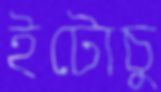
ইটোচু